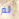
ثم